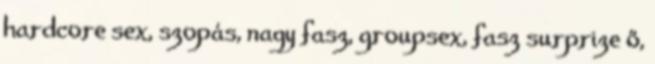
hardcore sex, szopás, nagy fasz, groupsex, fasz surprize ő,